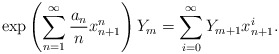
\begin{align*}\exp\left(\sum^\infty_{n=1}\frac{a_n}{n}x^n_{n+1}\right)Y_m=\sum^\infty_{i=0}Y_{m+1}x^i_{n+1}.\end{align*}